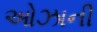
ઓઝાની